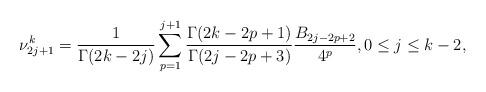
LaTeX: \begin{align*}\nu_{2j+1}^{k} = \frac{1}{\Gamma(2k-2j)} \sum_{p=1}^{j+1}\frac{\Gamma(2k-2p+1) }{ \Gamma(2j-2p+3) } \frac{B_{2j-2p+2} }{4^{p}} , 0 \leq j \leq k-2,\end{align*}